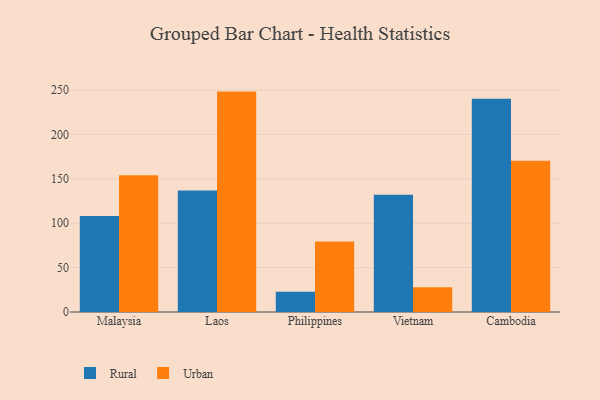
{"axis": {"x": "Country", "y": "Budget (USD K)"}, "legend": ["Rural", "Urban"], "data": [{"x": "Malaysia", "y": 108.2, "type": "Rural"}, {"x": "Malaysia", "y": 154.0, "type": "Urban"}, {"x": "Laos", "y": 136.9, "type": "Rural"}, {"x": "Laos", "y": 248.2, "type": "Urban"}, {"x": "Philippines", "y": 22.8, "type": "Rural"}, {"x": "Philippines", "y": 79.3, "type": "Urban"}, {"x": "Vietnam", "y": 132.1, "type": "Rural"}, {"x": "Vietnam", "y": 27.8, "type": "Urban"}, {"x": "Cambodia", "y": 240.1, "type": "Rural"}, {"x": "Cambodia", "y": 170.2, "type": "Urban"}]}